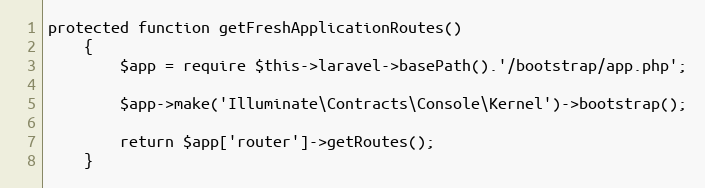
Language: PHP
protected function getFreshApplicationRoutes()
	{
		$app = require $this->laravel->basePath().'/bootstrap/app.php';

		$app->make('Illuminate\Contracts\Console\Kernel')->bootstrap();

		return $app['router']->getRoutes();
	}